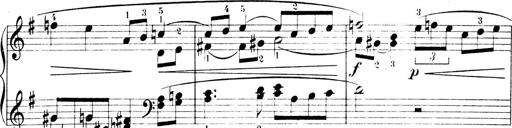
Title: 4 Sonatines
Composer: Max Reger